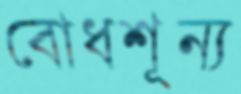
বোধশূন্য